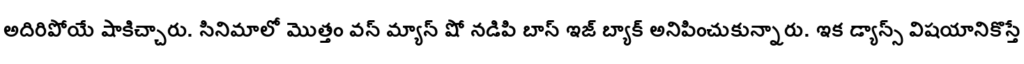
అదిరిపోయే షాకిచ్చారు. సినిమాలో మొత్తం వన్ మ్యాన్ షో నడిపి బాస్ ఇజ్ బ్యాక్ అనిపించుకున్నారు. ఇక డ్యాన్స్ విషయానికొస్తే